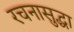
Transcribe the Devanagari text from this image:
रचनासुद्धा